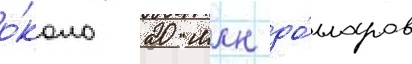
о́коло 20 млн до́лларов